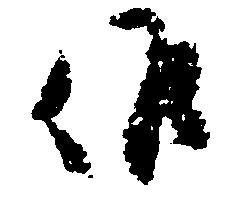
候